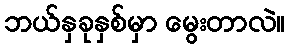
ဘယ်နှခုနှစ်မှာ မွေးတာလဲ။